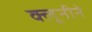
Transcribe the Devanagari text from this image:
क्लूनीने